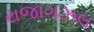
રાજાગઝલ